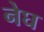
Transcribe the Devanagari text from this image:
नेघ